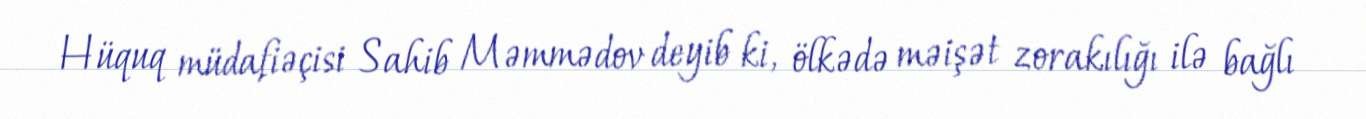
Hüquq müdafiəçisi Sahib Məmmədov deyib ki, ölkədə məişət zorakılığı ilə bağlı